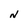
Character: N